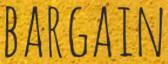
BARGAIN